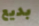
بديع